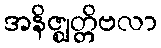
အနိဇ္ဈတ္တိဗလာ